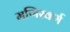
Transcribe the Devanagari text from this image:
मणिस्वर्ण